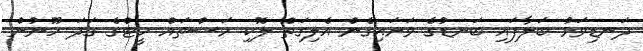
ދަނޑިވަޅު ބަލާފައި ބަނޑުގެ ވަށައިގެން އެލިގަތް ލޮކި މަސްތައް ހީޓްގެ ގަދަ ހޫނުން